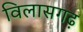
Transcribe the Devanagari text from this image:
विलासगढ़